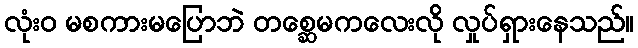
လုံးဝ မစကားမပြောဘဲ တစ္ဆေမကလေးလို လှုပ်ရှားနေသည်။